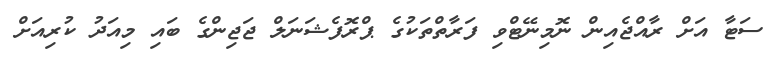
ސަޓާ އަށް ރާއްޖެއިން ނޮމިނޭޓްވި ފަރާތްތަކުގެ ޕްރޮފެޝަނަލް ޖަޖިންގެ ބައި މިއަދު ކުރިއަށް